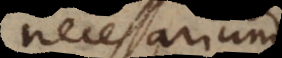
necessarium.